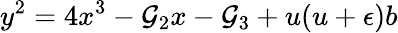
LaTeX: y^{2}=4x^{3}-{\cal{G}}_{2}x-{\cal{G}}_{3}+u(u+\epsilon)b